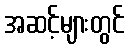
အဆင့်များတွင်